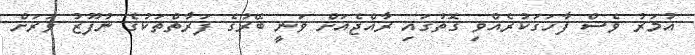
އުމަރު ވެސް ފާހަގަކުރެއްވި ގޮތުގައި ރާއްޖެއަށް ވަނީ ބޭރުގެ ފަރާތްތަކުގެ ނުފޫޒު ވަރަށް